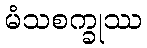
မံသစက္ခုဿ